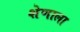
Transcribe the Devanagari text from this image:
शेणाला